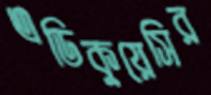
এডিকুয়েসির